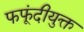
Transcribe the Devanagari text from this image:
फफूंदीयुक्त